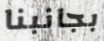
بجانبنا